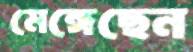
মেঙ্গেছেন